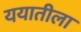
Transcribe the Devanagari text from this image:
ययातीला